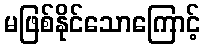
မဖြစ်နိုင်သောကြောင့်